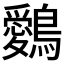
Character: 𪇈